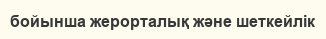
бойынша жерорталық және шеткейлік